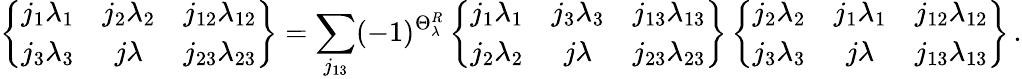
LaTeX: \left\{ \begin{array}{ccc}{{j_{1}\lambda_{1}}}&{{j_{2}\lambda_{2}}}&{{j_{12}\lambda_{12}}}\\ {{j_{3}\lambda_{3}}}&{{j\lambda}}&{{j_{23}\lambda_{23}}}\end{array}\right\} =\sum_{j_{13}}(-1)^{\Theta_{\lambda}^{R}}\left\{ \begin{array}{ccc}{{j_{1}\lambda_{1}}}&{{j_{3}\lambda_{3}}}&{{j_{13}\lambda_{13}}}\\ {{j_{2}\lambda_{2}}}&{{j\lambda}}&{{j_{23}\lambda_{23}}}\end{array}\right\} \left\{ \begin{array}{ccc}{{j_{2}\lambda_{2}}}&{{j_{1}\lambda_{1}}}&{{j_{12}\lambda_{12}}}\\ {{j_{3}\lambda_{3}}}&{{j\lambda}}&{{j_{13}\lambda_{13}}}\end{array}\right\} \, .